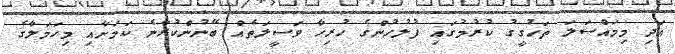
އަދި މިމައްސަލަ ތަހުގީގު ކުރުމުގައި ފުލުހުންގެ ހުރިހާ ވަސީލަތެއް ބޭނުންކުރާނެ ކަމަށާއި މިހަމަލާގެ